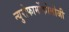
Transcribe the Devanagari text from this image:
न्युरोफार्मोकोलोजी